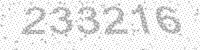
Solution: 233216